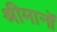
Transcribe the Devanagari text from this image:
श्रीमानों